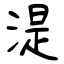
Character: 湜